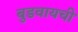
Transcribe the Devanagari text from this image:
बुडवायची